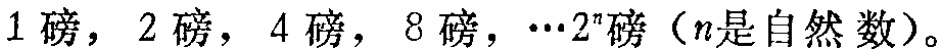
1 磅，2 磅，4 磅，8 磅，\(\cdots2^{n}\)磅（\(n\)是自然数）。